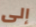
إلى